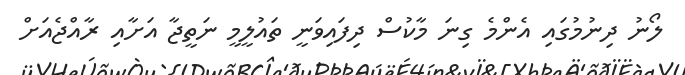
ލޯނު ދިނުމުގައި އެންމެ ގިނަ މާކުސް ދިފައިވަނީ ތައުލީމީ ނަތީޖާ އަށާއި ރާއްޖެއަށް